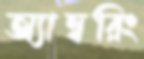
অ্যাম্বরিং